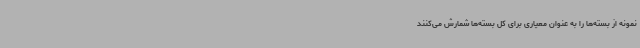
نمونه از بسته‌ها را به عنوان معیاری برای کل بسته‌ها شمارش می‌کنند